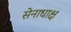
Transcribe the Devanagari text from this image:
सेनाधाक्ष